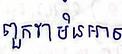
ពួកវាមិនអាច